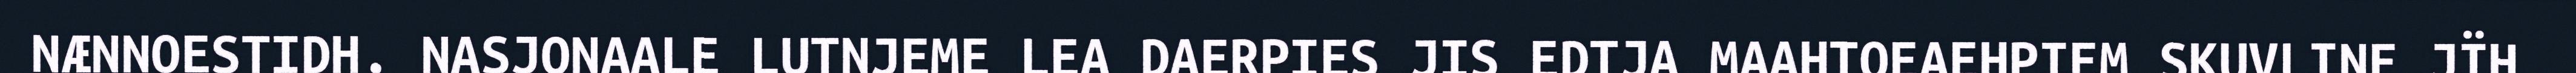
NÆNNOESTIDH. NASJONAALE LUTNJEME LEA DAERPIES JIS EDTJA MAAHTOEAEHPIEM SKUVLINE JÏH